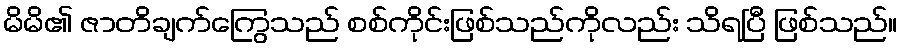
မိမိ၏ ဇာတိချက်ကြွေသည် စစ်ကိုင်းဖြစ်သည်ကိုလည်း သိရပြီ ဖြစ်သည်။